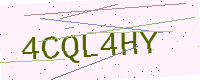
Text: 4CQL4HY